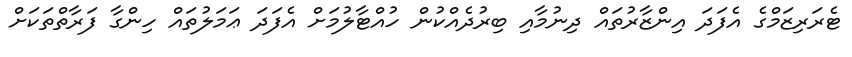
ޓެރަރިޒަމްގެ އެފަދަ އިންޒާރުތައް ދިނުމާއި ބިރުދެއްކުން ހުއްޓާލުމަށް އެފަދަ ޢަމަލުތައް ހިންގާ ފަރާތްތަކަށް